Insane asylums in Bengal annual reports 1876-1887 - 1876-1887
Year: 1876
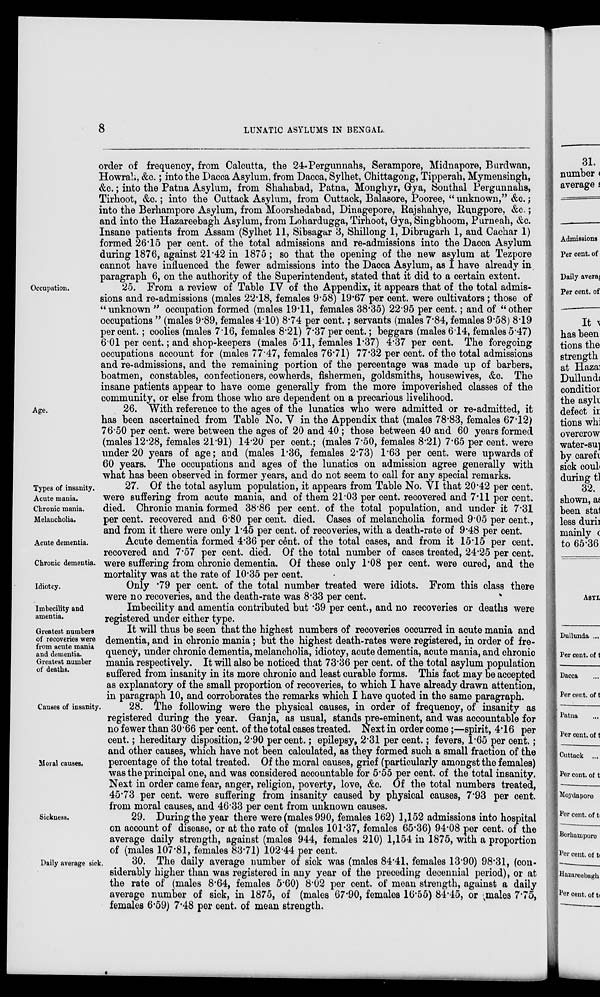
8
LUNATIC ASYLUMS IN BENGAL.
order of frequency, from Calcutta, the 24-Pergunnahs, Serampore, Midnapore, Burdwan,
Howrah, &c.; into the Dacca Asylum, from Dacca, Sylhet, Chittagong, Tipperah, Mymensingh,
&c.; into the Patna Asylum, from Shahabad, Patna, Monghyr, Gya, Sonthal Pergunnahs,
Tirhoot, &c.; into the Cuttack Asylum, from Cuttack, Balasore, Pooree, “ unknown,” &c.;
into the Berhampore Asylum, from Moorshedabad, Dinagepore, Rajshahye, Rungpore, &c.;
and into the Hazareebagh Asylum, from Lohardugga, Tirhoot, Gya, Singbhoom, Purneah, &c.
Insane patients from Assam (Sylhet 11, Sibsagar 3, Shillong 1, Dibrugarh 1, and Cachar 1)
formed 26.15 per cent. of the total admissions and re-admissions into the Dacca Asylum
during 1876, against 21.42 in 1875 ; so that the opening of the new asylum at Tezpore
cannot have influenced the fewer admissions into the Dacca Asylum, as I have already in
paragraph 6, on the authority of the Superintendent, stated that it did to a certain extent.
Occupation.
25. From a review of Table IV of the Appendix, it appears that of the total admis-
sions and re-admissions (males 22.18, females 9.58) 19.67 per cent. were cultivators ; those of
“unknown” occupation formed (males 19.11, females 38.35) 22.95 per cent.; and of “other
occupations ” (males 9.89, females 4.10) 8.74 per cent.; servants (males 7.84, females 9.58) 8.19
per cent.; coolies (males 7.16, females 8.21) 7.37 per cent.; beggars (males 6.14, females 5.47)
6.01 per cent.; and shop-keepers (males 5.11, females 1.37) 4.37 per cent. The foregoing
occupations account for (males 77.47, females 76.71) 77.32 per cent. of the total admissions
and re-admissions, and the remaining portion of the percentage was made up of barbers,
boatmen, constables, confectioners, cowherds, fishermen, goldsmiths, housewives, &c. The
insane patients appear to have come generally from the more impoverished classes of the
community, or else from those who are dependent on a precarious livelihood.
Age.
26. With reference to the ages of the lunatics who were admitted or re-admitted, it
has been ascertained from Table No. V in the Appendix that (males 78.83, females 67.12)
76.50 per cent. were between the ages of 20 and 40 ; those between 40 and 60 years formed
(males 12.28, females 21.91) 14.20 per cent.; (males 7.50, females 8.21) 7.65 per cent. were
under 20 years of age; and (males 1.36, females 2.73) 1.63 per cent. were upwards of
60 years. The occupations and ages of the lunatics on admission agree generally with
what has been observed in former years, and do not seem to call for any special remarks.
Types of insanity.
Acute mania.
Chronic mania.
Melancholia.
27. Of the total asylum population, it appears from Table No. VI that 20.42 per cent.
were suffering from acute mania, and of them 21.03 per cent. recovered and 7.11 per cent.
died. Chronic mania formed 38.86 per cent. of the total population, and under it 7.31
per cent. recovered and 6.80 per cent. died. Cases of melancholia formed 9.05 per cent.,
and from it there were only 1.45 per cent. of recoveries, with a death-rate of 9.48 per cent.
Acute dementia.
Chronic dementia.
Acute dementia formed 4.36 per cent. of the total cases, and from it 15.15 per cent.
recovered and 7.57 per cent. died. Of the total number of cases treated, 24.25 per cent.
were suffering from chronic dementia. Of these only 1.08 per cent. were cured, and the
mortality was at the rate of 10.35 per cent.
Idiotcy.
Only .79 per cent. of the total number treated were idiots. From this class there
were no recoveries, and the death-rate was 8.33 per cent.
Imbecility and
amentia.
Imbecility and amentia contributed but .39 per cent., and no recoveries or deaths were
registered under either type.
Greatest numbers
of recoveries were
from acute mania
and dementia.
Greatest number
of deaths.
It will thus be seen that the highest numbers of recoveries occurred in acute mania and
dementia, and in chronic mania; but the highest death-rates were registered, in order of fre-
quency, under chronic dementia, melancholia, idiotcy, acute dementia, acute mania, and chronic
mania respectively. It will also be noticed that 73.36 per cent. of the total asylum population
suffered from insanity in its more chronic and least curable forms. This fact may be accepted
as explanatory of the small proportion of recoveries, to which I have already drawn attention,
in paragraph 10, and corroborates the remarks which I have quoted in the same paragraph.
Causes of insanity.
Moral causes.
28. The following were the physical causes, in order of frequency, of insanity as
registered during the year. Ganja, as usual, stands pre-eminent, and was accountable for
no fewer than 30.66 per cent. of the total cases treated. Next in order come;—spirit, 4.16 per
cent.; hereditary disposition, 2.90 per cent.; epilepsy, 2.31 per cent.; fevers, 1.65 per cent.;
and other causes, which have not been calculated, as they formed such a small fraction of the
percentage of the total treated. Of the moral causes, grief (particularly amongst the females)
was the principal one, and was considered accountable for 5.55 per cent. of the total insanity.
Next in order came fear, anger, religion, poverty, love, &c. Of the total numbers treated,
45.73 per cent. were suffering from insanity caused by physical causes, 7.93 per cent.
from moral causes, and 46.33 per cent from unknown causes.
Sickness.
29. During the year there were (males 990, females 162) 1,152 admissions into hospital
on account of disease, or at the rate of (males 101.37, females 65.36) 94.08 per cent. of the
average daily strength, against (males 944, females 210) 1,154 in 1875, with a proportion
of (males 107.81, females 83.71) 102.44 per cent.
Daily average sick.
30. The daily average number of sick was (males 84.41, females 13.90) 98.31, (con-
siderably higher than was registered in any year of the preceding decennial period), or at
the rate of (males 8.64, females 5.60) 8.02 per cent. of mean strength, against a daily
average number of sick, in 1875, of (males 67.90, females 16.55) 84.45, or males 7.75,
females 6.59) 7.48 per cent. of mean strength.